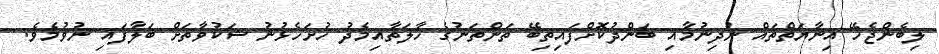
ލިބެންޖެހޭ އިނާޔަތްތައް ނުދިނުމާއި ބަންދުކޮށްފައިތިބޭ ތަންތަނުގެ ހާލަތާއިމެދު ހުށަހެޅުނު ޝަކުވާތަށް ބަލާފައި ނުވުމެވެ.